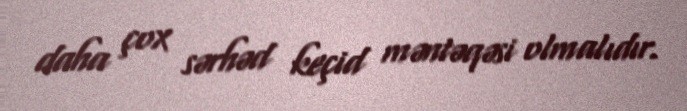
daha çox sərhəd keçid məntəqəsi olmalıdır.